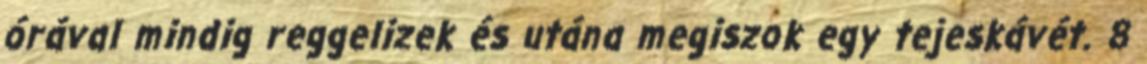
órával mindig reggelizek és utána megiszok egy tejeskávét. 8